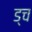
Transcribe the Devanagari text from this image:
ड्च